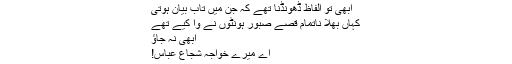
ابھی تو الفاظ ڈھونڈنا تھے کہ جن میں تابِ بیان ہوتی
کہاں بھلا ناتمام قصے صبور ہونٹوں نے وا کیے تھے
ابھی نہ جاﺅ
اے میرے خواجہ شجاع عباس!